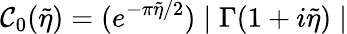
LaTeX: \mathcal{C}_{0}(\tilde{{\eta}})=(e^{-\pi\tilde{{\eta}}/2})\mid\Gamma(1+i\tilde{{\eta}})\mid